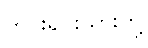
တိုင်းရင်းသားတို့